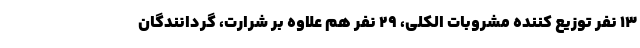
۱۳ نفر توزیع کننده مشروبات الکلی، ۲۹ نفر هم علاوه بر شرارت، گردانندگان